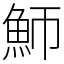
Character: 魳